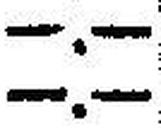
—.—